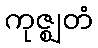
ကုဇ္ဈတံ